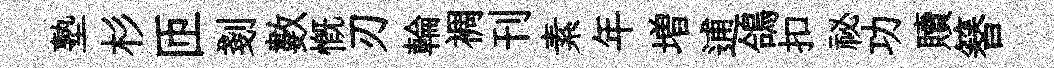
塾杉匝剗數慨刃輪裯刊素年増逋鴿扣祕功贖簮